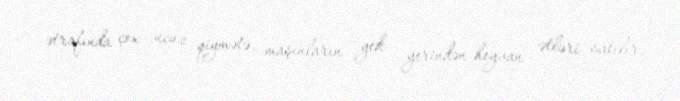
ətrafında çox ucuz qiymətə, maşınların yek yerindən heyvan ətləri satılır.